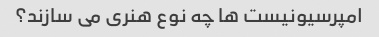
امپرسیونیست ها چه نوع هنری می سازند؟